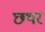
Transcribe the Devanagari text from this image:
छथर